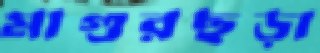
মাগুরছড়া